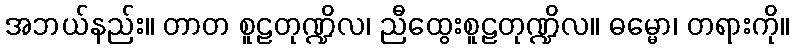
အဘယ်နည်း။ တာတ စူဠတုဏ္ဍိလ၊ ညီထွေးစူဠတုဏ္ဍိလ။ ဓမ္မော၊ တရားကို။